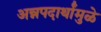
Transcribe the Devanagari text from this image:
अन्नपदार्थांमुळे